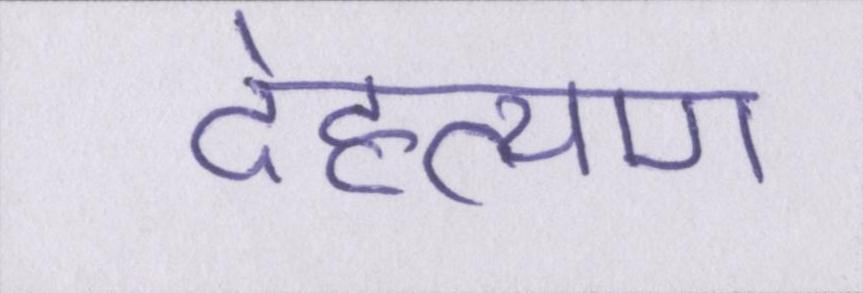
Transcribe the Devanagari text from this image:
देहत्याग